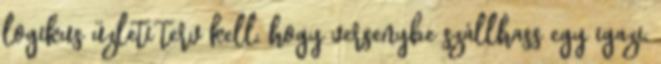
logikus üzleti terv kell, hogy versenybe szállhass egy igazi,